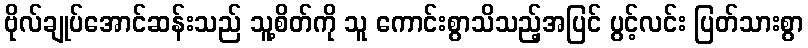
ဗိုလ်ချုပ်အောင်ဆန်းသည် သူ့စိတ်ကို သူ ကောင်းစွာသိသည့်အပြင် ပွင့်လင်း ပြတ်သားစွာ